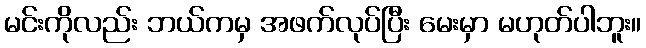
မင်းကိုလည်း ဘယ်ကမှ အဖက်လုပ်ပြီး မေးမှာ မဟုတ်ပါဘူး။